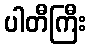
ပါတီကြီး